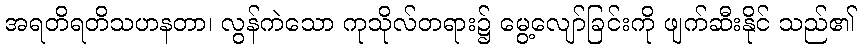
အရတိရတိသဟနတာ၊ လွန်ကဲသော ကုသိုလ်တရား၌ မွေ့လျော်ခြင်းကို ဖျက်ဆီးနိုင် သည်၏